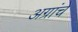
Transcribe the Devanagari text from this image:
अग्रांचे